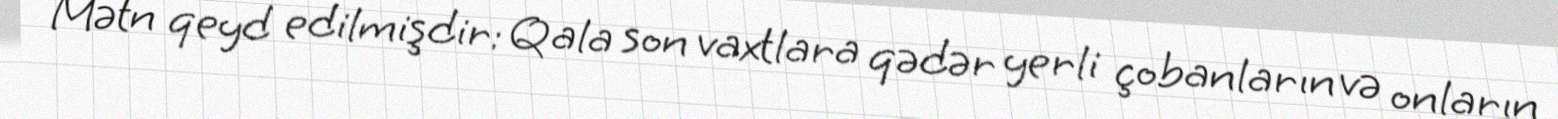
Mətn qeyd edilmişdir: Qala son vaxtlara qədər yerli çobanların və onların